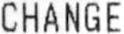
CHANGE